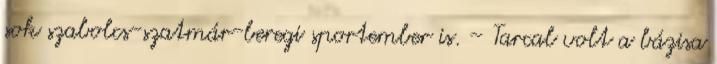
sok szabolcs-szatmár-beregi sportember is. – Tarcal volt a bázisa